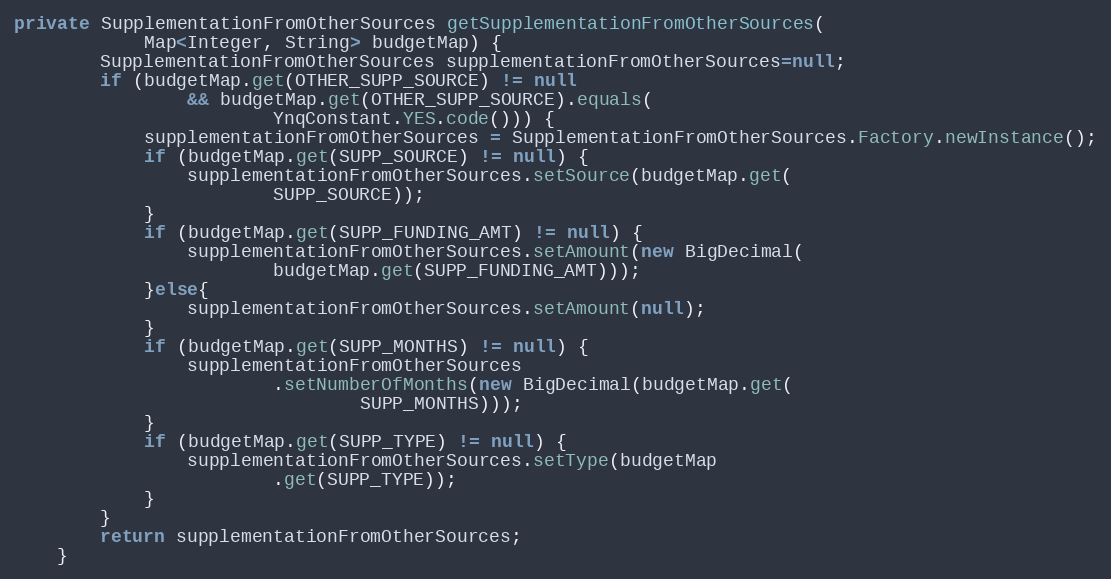
Language: Java
private SupplementationFromOtherSources getSupplementationFromOtherSources(
			Map<Integer, String> budgetMap) {
	    SupplementationFromOtherSources supplementationFromOtherSources=null;
		if (budgetMap.get(OTHER_SUPP_SOURCE) != null
				&& budgetMap.get(OTHER_SUPP_SOURCE).equals(
						YnqConstant.YES.code())) {
	        supplementationFromOtherSources = SupplementationFromOtherSources.Factory.newInstance();
			if (budgetMap.get(SUPP_SOURCE) != null) {
				supplementationFromOtherSources.setSource(budgetMap.get(
						SUPP_SOURCE));
			}
			if (budgetMap.get(SUPP_FUNDING_AMT) != null) {
				supplementationFromOtherSources.setAmount(new BigDecimal(
						budgetMap.get(SUPP_FUNDING_AMT)));
			}else{
			    supplementationFromOtherSources.setAmount(null);
			}
			if (budgetMap.get(SUPP_MONTHS) != null) {
				supplementationFromOtherSources
						.setNumberOfMonths(new BigDecimal(budgetMap.get(
								SUPP_MONTHS)));
			}
			if (budgetMap.get(SUPP_TYPE) != null) {
				supplementationFromOtherSources.setType(budgetMap
						.get(SUPP_TYPE));
			}
		}
		return supplementationFromOtherSources;
	}